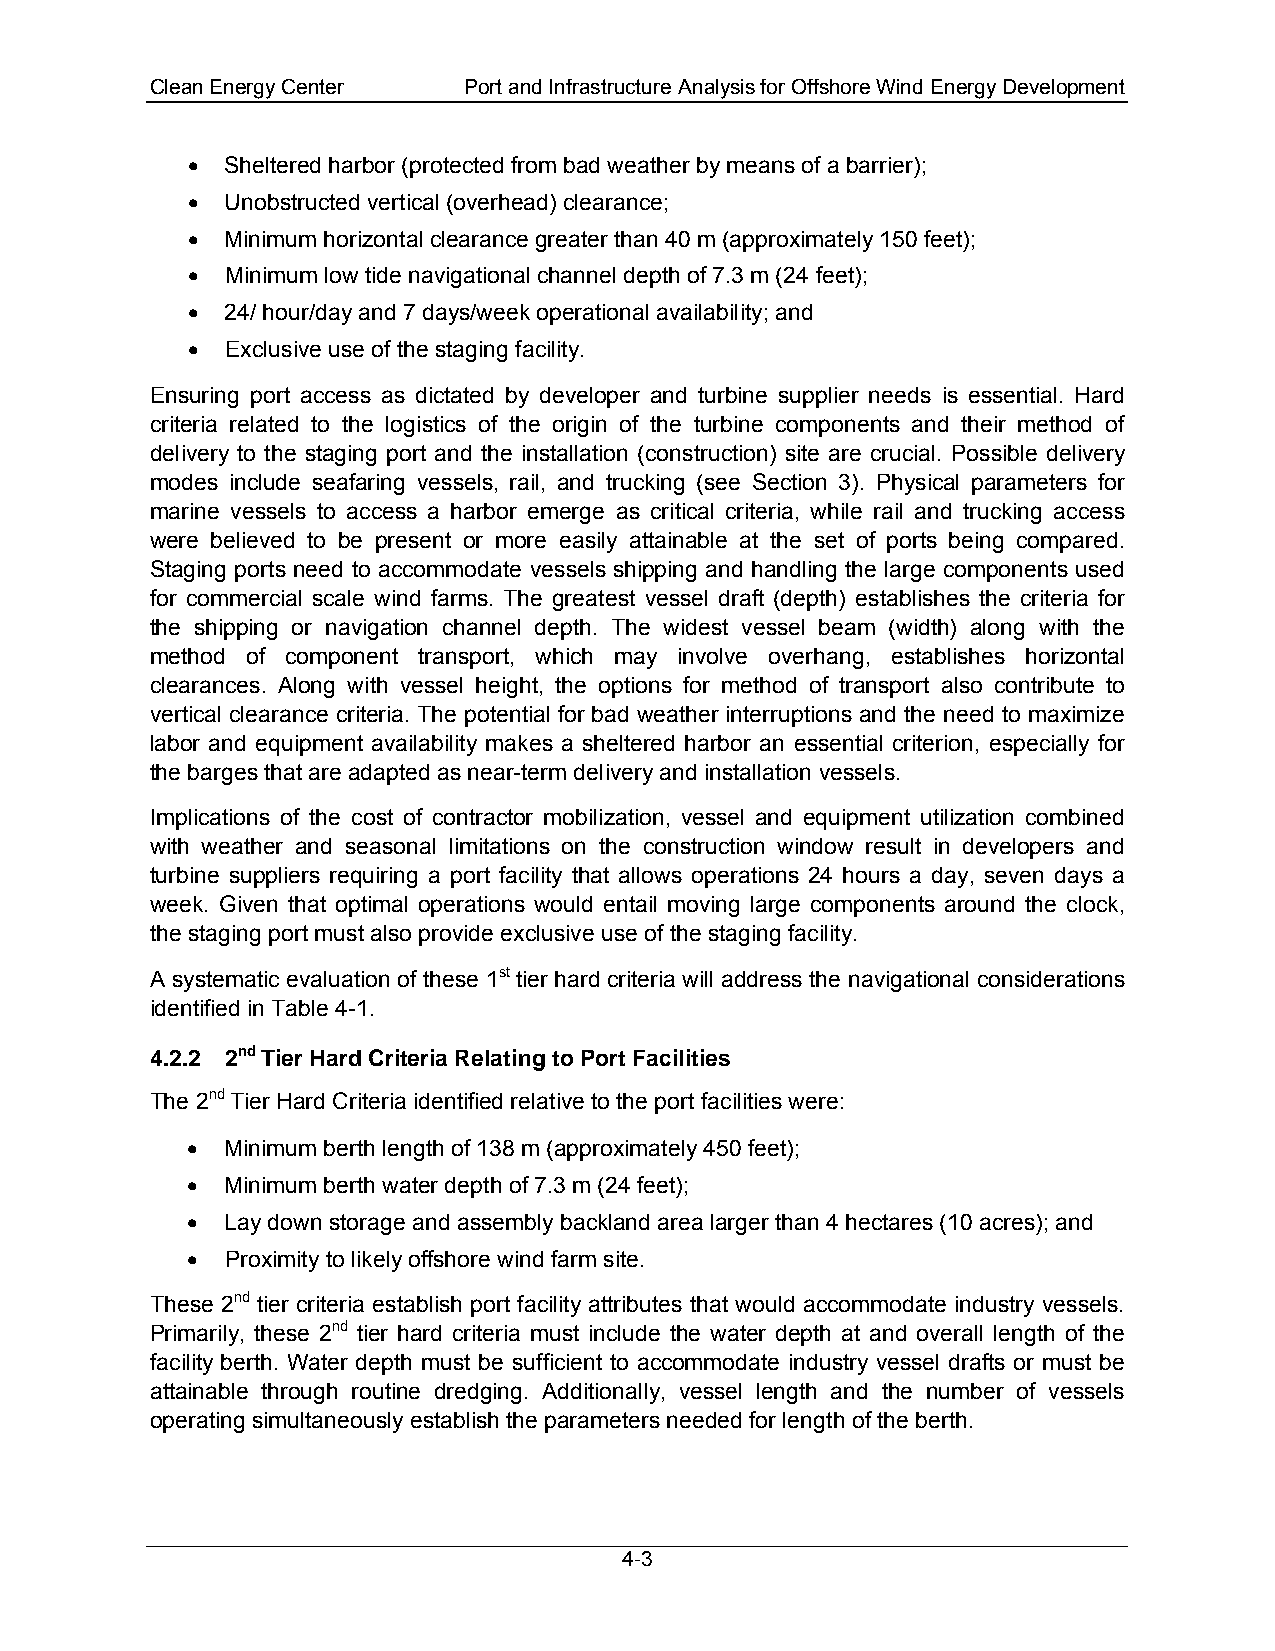
Clean Energy Center  Port and Infrastructure Analysis for Offshore Wind Energy Development
 •  Sheltered harbor (protected from bad weather by means of a barrier);
 •  Unobstructed vertical (overhead) clearance;
 •  Minimum horizontal clearance greater than 40 m (approximately 150 feet);
 •  Minimum low tide navigational channel depth of 7.3 m (24 feet);
 •  24/ hour/day and 7 days/week operational availability; and
 •  Exclusive use of the staging facility.
 Ensuring port access as dictated by developer and turbine supplier needs is essential. Hard
 criteria related to the logistics of the origin of the turbine components and their method of
 delivery to the staging port and the installation (construction) site are crucial. Possible delivery
 modes include seafaring vessels, rail, and trucking (see Section 3). Physical parameters for
 marine vessels to access a harbor emerge as critical criteria, while rail and trucking access
 were believed to be present or more easily attainable at the set of ports being compared.
 Staging ports need to accommodate vessels shipping and handling the large components used
 for commercial scale wind farms. The greatest vessel draft (depth) establishes the criteria for
 the shipping or navigation channel depth. The widest vessel beam (width) along with the
 method of component transport, which may involve overhang, establishes horizontal
 clearances. Along with vessel height, the options for method of transport also contribute to
 vertical clearance criteria. The potential for bad weather interruptions and the need to maximize
 labor and equipment availability makes a sheltered harbor an essential criterion, especially for
 the barges that are adapted as near-term delivery and installation vessels.
 Implications of the cost of contractor mobilization, vessel and equipment utilization combined
 with weather and seasonal limitations on the construction window result in developers and
 turbine suppliers requiring a port facility that allows operations 24 hours a day, seven days a
 week. Given that optimal operations would entail moving large components around the clock,
 the staging port must also provide exclusive use of the staging facility.
 A systematic evaluation of these 1st tier hard criteria will address the navigational considerations
 identified in Table 4-1.
 4.2.2 2nd Tier Hard Criteria Relating to Port Facilities
 The 2nd Tier Hard Criteria identified relative to the port facilities were:
 •  Minimum berth length of 138 m (approximately 450 feet);
 •  Minimum berth water depth of 7.3 m (24 feet);
 •  Lay down storage and assembly backland area larger than 4 hectares (10 acres); and
 •  Proximity to likely offshore wind farm site.
 These 2nd tier criteria establish port facility attributes that would accommodate industry vessels.
 Primarily, these 2nd tier hard criteria must include the water depth at and overall length of the
 facility berth. Water depth must be sufficient to accommodate industry vessel drafts or must be
 attainable through routine dredging. Additionally, vessel length and the number of vessels
 operating simultaneously establish the parameters needed for length of the berth.
 4-3